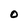
Character: O